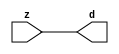

//------> ./rtl_mgc_ioport.v 
//------------------------------------------------------------------
//                M G C _ I O P O R T _ C O M P S
//------------------------------------------------------------------

//------------------------------------------------------------------
//                       M O D U L E S
//------------------------------------------------------------------

//------------------------------------------------------------------
//-- INPUT ENTITIES
//------------------------------------------------------------------

module mgc_in_wire (d, z);

  parameter integer rscid = 1;
  parameter integer width = 8;

  output [width-1:0] d;
  input  [width-1:0] z;

  wire   [width-1:0] d;

  assign d = z;

endmodule

//------------------------------------------------------------------

module mgc_in_wire_en (ld, d, lz, z);

  parameter integer rscid = 1;
  parameter integer width = 8;

  input              ld;
  output [width-1:0] d;
  output             lz;
  input  [width-1:0] z;

  wire   [width-1:0] d;
  wire               lz;

  assign d = z;
  assign lz = ld;

endmodule

//------------------------------------------------------------------

module mgc_in_wire_wait (ld, vd, d, lz, vz, z);

  parameter integer rscid = 1;
  parameter integer width = 8;

  input              ld;
  output             vd;
  output [width-1:0] d;
  output             lz;
  input              vz;
  input  [width-1:0] z;

  wire               vd;
  wire   [width-1:0] d;
  wire               lz;

  assign d = z;
  assign lz = ld;
  assign vd = vz;

endmodule
//------------------------------------------------------------------

module mgc_chan_in (ld, vd, d, lz, vz, z, size, req_size, sizez, sizelz);

  parameter integer rscid = 1;
  parameter integer width = 8;
  parameter integer sz_width = 8;

  input              ld;
  output             vd;
  output [width-1:0] d;
  output             lz;
  input              vz;
  input  [width-1:0] z;
  output [sz_width-1:0] size;
  input              req_size;
  input  [sz_width-1:0] sizez;
  output             sizelz;


  wire               vd;
  wire   [width-1:0] d;
  wire               lz;
  wire   [sz_width-1:0] size;
  wire               sizelz;

  assign d = z;
  assign lz = ld;
  assign vd = vz;
  assign size = sizez;
  assign sizelz = req_size;

endmodule


//------------------------------------------------------------------
//-- OUTPUT ENTITIES
//------------------------------------------------------------------

module mgc_out_stdreg (d, z);

  parameter integer rscid = 1;
  parameter integer width = 8;

  input    [width-1:0] d;
  output   [width-1:0] z;

  wire     [width-1:0] z;

  assign z = d;

endmodule

//------------------------------------------------------------------

module mgc_out_stdreg_en (ld, d, lz, z);

  parameter integer rscid = 1;
  parameter integer width = 8;

  input              ld;
  input  [width-1:0] d;
  output             lz;
  output [width-1:0] z;

  wire               lz;
  wire   [width-1:0] z;

  assign z = d;
  assign lz = ld;

endmodule

//------------------------------------------------------------------

module mgc_out_stdreg_wait (ld, vd, d, lz, vz, z);

  parameter integer rscid = 1;
  parameter integer width = 8;

  input              ld;
  output             vd;
  input  [width-1:0] d;
  output             lz;
  input              vz;
  output [width-1:0] z;

  wire               vd;
  wire               lz;
  wire   [width-1:0] z;

  assign z = d;
  assign lz = ld;
  assign vd = vz;

endmodule

//------------------------------------------------------------------

module mgc_out_prereg_en (ld, d, lz, z);

    parameter integer rscid = 1;
    parameter integer width = 8;

    input              ld;
    input  [width-1:0] d;
    output             lz;
    output [width-1:0] z;

    wire               lz;
    wire   [width-1:0] z;

    assign z = d;
    assign lz = ld;

endmodule

//------------------------------------------------------------------
//-- INOUT ENTITIES
//------------------------------------------------------------------

module mgc_inout_stdreg_en (ldin, din, ldout, dout, lzin, lzout, z);

    parameter integer rscid = 1;
    parameter integer width = 8;

    input              ldin;
    output [width-1:0] din;
    input              ldout;
    input  [width-1:0] dout;
    output             lzin;
    output             lzout;
    inout  [width-1:0] z;

    wire   [width-1:0] din;
    wire               lzin;
    wire               lzout;
    wire   [width-1:0] z;

    assign lzin = ldin;
    assign din = ldin ? z : {width{1'bz}};
    assign lzout = ldout;
    assign z = ldout ? dout : {width{1'bz}};

endmodule

//------------------------------------------------------------------
module hid_tribuf( I_SIG, ENABLE, O_SIG);
  parameter integer width = 8;

  input [width-1:0] I_SIG;
  input ENABLE;
  inout [width-1:0] O_SIG;

  assign O_SIG = (ENABLE) ? I_SIG : { width{1'bz}};

endmodule
//------------------------------------------------------------------

module mgc_inout_stdreg_wait (ldin, vdin, din, ldout, vdout, dout, lzin, vzin, lzout, vzout, z);

    parameter integer rscid = 1;
    parameter integer width = 8;

    input              ldin;
    output             vdin;
    output [width-1:0] din;
    input              ldout;
    output             vdout;
    input  [width-1:0] dout;
    output             lzin;
    input              vzin;
    output             lzout;
    input              vzout;
    inout  [width-1:0] z;

    wire               vdin;
    wire   [width-1:0] din;
    wire               vdout;
    wire               lzin;
    wire               lzout;
    wire   [width-1:0] z;
    wire   ldout_and_vzout;

    assign lzin = ldin;
    assign vdin = vzin;
    assign din = ldin ? z : {width{1'bz}};
    assign lzout = ldout;
    assign vdout = vzout ;
    assign ldout_and_vzout = ldout && vzout ;

    hid_tribuf #(width) tb( .I_SIG(dout),
                            .ENABLE(ldout_and_vzout),
                            .O_SIG(z) );

endmodule

//------------------------------------------------------------------

module mgc_inout_buf_wait (clk, en, arst, srst, ldin, vdin, din, ldout, vdout, dout, lzin, vzin, lzout, vzout, z);

    parameter integer rscid   = 0; // resource ID
    parameter integer width   = 8; // fifo width
    parameter         ph_clk  =  1'b1; // clock polarity 1=rising edge, 0=falling edge
    parameter         ph_en   =  1'b1; // clock enable polarity
    parameter         ph_arst =  1'b1; // async reset polarity
    parameter         ph_srst =  1'b1; // sync reset polarity

    input              clk;
    input              en;
    input              arst;
    input              srst;
    input              ldin;
    output             vdin;
    output [width-1:0] din;
    input              ldout;
    output             vdout;
    input  [width-1:0] dout;
    output             lzin;
    input              vzin;
    output             lzout;
    input              vzout;
    inout  [width-1:0] z;

    wire               lzout_buf;
    wire               vzout_buf;
    wire   [width-1:0] z_buf;
    wire               vdin;
    wire   [width-1:0] din;
    wire               vdout;
    wire               lzin;
    wire               lzout;
    wire   [width-1:0] z;

    assign lzin = ldin;
    assign vdin = vzin;
    assign din = ldin ? z : {width{1'bz}};
    assign lzout = lzout_buf & ~ldin;
    assign vzout_buf = vzout & ~ldin;
    hid_tribuf #(width) tb( .I_SIG(z_buf),
                            .ENABLE((lzout_buf && (!ldin) && vzout) ),
                            .O_SIG(z)  );

    mgc_out_buf_wait
    #(
        .rscid   (rscid),
        .width   (width),
        .ph_clk  (ph_clk),
        .ph_en   (ph_en),
        .ph_arst (ph_arst),
        .ph_srst (ph_srst)
    )
    BUFF
    (
        .clk     (clk),
        .en      (en),
        .arst    (arst),
        .srst    (srst),
        .ld      (ldout),
        .vd      (vdout),
        .d       (dout),
        .lz      (lzout_buf),
        .vz      (vzout_buf),
        .z       (z_buf)
    );


endmodule

module mgc_inout_fifo_wait (clk, en, arst, srst, ldin, vdin, din, ldout, vdout, dout, lzin, vzin, lzout, vzout, z);

    parameter integer rscid   = 0; // resource ID
    parameter integer width   = 8; // fifo width
    parameter integer fifo_sz = 8; // fifo depth
    parameter         ph_clk  = 1'b1;  // clock polarity 1=rising edge, 0=falling edge
    parameter         ph_en   = 1'b1;  // clock enable polarity
    parameter         ph_arst = 1'b1;  // async reset polarity
    parameter         ph_srst = 1'b1;  // sync reset polarity
    parameter integer ph_log2 = 3;     // log2(fifo_sz)
    parameter integer pwropt  = 0;     // pwropt

    input              clk;
    input              en;
    input              arst;
    input              srst;
    input              ldin;
    output             vdin;
    output [width-1:0] din;
    input              ldout;
    output             vdout;
    input  [width-1:0] dout;
    output             lzin;
    input              vzin;
    output             lzout;
    input              vzout;
    inout  [width-1:0] z;

    wire               lzout_buf;
    wire               vzout_buf;
    wire   [width-1:0] z_buf;
    wire               comb;
    wire               vdin;
    wire   [width-1:0] din;
    wire               vdout;
    wire               lzin;
    wire               lzout;
    wire   [width-1:0] z;

    assign lzin = ldin;
    assign vdin = vzin;
    assign din = ldin ? z : {width{1'bz}};
    assign lzout = lzout_buf & ~ldin;
    assign vzout_buf = vzout & ~ldin;
    assign comb = (lzout_buf && (!ldin) && vzout);

    hid_tribuf #(width) tb2( .I_SIG(z_buf), .ENABLE(comb), .O_SIG(z)  );

    mgc_out_fifo_wait
    #(
        .rscid   (rscid),
        .width   (width),
        .fifo_sz (fifo_sz),
        .ph_clk  (ph_clk),
        .ph_en   (ph_en),
        .ph_arst (ph_arst),
        .ph_srst (ph_srst),
        .ph_log2 (ph_log2),
        .pwropt  (pwropt)
    )
    FIFO
    (
        .clk   (clk),
        .en      (en),
        .arst    (arst),
        .srst    (srst),
        .ld      (ldout),
        .vd      (vdout),
        .d       (dout),
        .lz      (lzout_buf),
        .vz      (vzout_buf),
        .z       (z_buf)
    );

endmodule

//------------------------------------------------------------------
//-- I/O SYNCHRONIZATION ENTITIES
//------------------------------------------------------------------

module mgc_io_sync (ld, lz);

    input  ld;
    output lz;

    assign lz = ld;

endmodule

module mgc_bsync_rdy (rd, rz);

    parameter integer rscid   = 0; // resource ID
    parameter ready = 1;
    parameter valid = 0;

    input  rd;
    output rz;

    wire   rz;

    assign rz = rd;

endmodule

module mgc_bsync_vld (vd, vz);

    parameter integer rscid   = 0; // resource ID
    parameter ready = 0;
    parameter valid = 1;

    output vd;
    input  vz;

    wire   vd;

    assign vd = vz;

endmodule

module mgc_bsync_rv (rd, vd, rz, vz);

    parameter integer rscid   = 0; // resource ID
    parameter ready = 1;
    parameter valid = 1;

    input  rd;
    output vd;
    output rz;
    input  vz;

    wire   vd;
    wire   rz;

    assign rz = rd;
    assign vd = vz;

endmodule

//------------------------------------------------------------------

module mgc_sync (ldin, vdin, ldout, vdout);

  input  ldin;
  output vdin;
  input  ldout;
  output vdout;

  wire   vdin;
  wire   vdout;

  assign vdin = ldout;
  assign vdout = ldin;

endmodule

///////////////////////////////////////////////////////////////////////////////
// dummy function used to preserve funccalls for modulario
// it looks like a memory read to the caller
///////////////////////////////////////////////////////////////////////////////
module funccall_inout (d, ad, bd, z, az, bz);

  parameter integer ram_id = 1;
  parameter integer width = 8;
  parameter integer addr_width = 8;

  output [width-1:0]       d;
  input  [addr_width-1:0]  ad;
  input                    bd;
  input  [width-1:0]       z;
  output [addr_width-1:0]  az;
  output                   bz;

  wire   [width-1:0]       d;
  wire   [addr_width-1:0]  az;
  wire                     bz;

  assign d  = z;
  assign az = ad;
  assign bz = bd;

endmodule


///////////////////////////////////////////////////////////////////////////////
// inlinable modular io not otherwise found in mgc_ioport
///////////////////////////////////////////////////////////////////////////////

module modulario_en_in (vd, d, vz, z);

  parameter integer rscid = 1;
  parameter integer width = 8;

  output             vd;
  output [width-1:0] d;
  input              vz;
  input  [width-1:0] z;

  wire   [width-1:0] d;
  wire               vd;

  assign d = z;
  assign vd = vz;

endmodule

//------> ./rtl_mgc_ioport_v2001.v 
//------------------------------------------------------------------

module mgc_out_reg_pos (clk, en, arst, srst, ld, d, lz, z);

    parameter integer rscid   = 1;
    parameter integer width   = 8;
    parameter         ph_en   =  1'b1;
    parameter         ph_arst =  1'b1;
    parameter         ph_srst =  1'b1;

    input              clk;
    input              en;
    input              arst;
    input              srst;
    input              ld;
    input  [width-1:0] d;
    output             lz;
    output [width-1:0] z;

    reg                lz;
    reg    [width-1:0] z;

    generate
    if (ph_arst == 1'b0)
    begin: NEG_ARST
        always @(posedge clk or negedge arst)
        if (arst == 1'b0)
        begin: B1
            lz <= 1'b0;
            z  <= {width{1'b0}};
        end
        else if (srst == ph_srst)
        begin: B2
            lz <= 1'b0;
            z  <= {width{1'b0}};
        end
        else if (en == ph_en)
        begin: B3
            lz <= ld;
            z  <= (ld) ? d : z;
        end
    end
    else
    begin: POS_ARST
        always @(posedge clk or posedge arst)
        if (arst == 1'b1)
        begin: B1
            lz <= 1'b0;
            z  <= {width{1'b0}};
        end
        else if (srst == ph_srst)
        begin: B2
            lz <= 1'b0;
            z  <= {width{1'b0}};
        end
        else if (en == ph_en)
        begin: B3
            lz <= ld;
            z  <= (ld) ? d : z;
        end
    end
    endgenerate

endmodule

//------------------------------------------------------------------

module mgc_out_reg_neg (clk, en, arst, srst, ld, d, lz, z);

    parameter integer rscid   = 1;
    parameter integer width   = 8;
    parameter         ph_en   =  1'b1;
    parameter         ph_arst =  1'b1;
    parameter         ph_srst =  1'b1;

    input              clk;
    input              en;
    input              arst;
    input              srst;
    input              ld;
    input  [width-1:0] d;
    output             lz;
    output [width-1:0] z;

    reg                lz;
    reg    [width-1:0] z;

    generate
    if (ph_arst == 1'b0)
    begin: NEG_ARST
        always @(negedge clk or negedge arst)
        if (arst == 1'b0)
        begin: B1
            lz <= 1'b0;
            z  <= {width{1'b0}};
        end
        else if (srst == ph_srst)
        begin: B2
            lz <= 1'b0;
            z  <= {width{1'b0}};
        end
        else if (en == ph_en)
        begin: B3
            lz <= ld;
            z  <= (ld) ? d : z;
        end
    end
    else
    begin: POS_ARST
        always @(negedge clk or posedge arst)
        if (arst == 1'b1)
        begin: B1
            lz <= 1'b0;
            z  <= {width{1'b0}};
        end
        else if (srst == ph_srst)
        begin: B2
            lz <= 1'b0;
            z  <= {width{1'b0}};
        end
        else if (en == ph_en)
        begin: B3
            lz <= ld;
            z  <= (ld) ? d : z;
        end
    end
    endgenerate

endmodule

//------------------------------------------------------------------

module mgc_out_reg (clk, en, arst, srst, ld, d, lz, z); // Not Supported

    parameter integer rscid   = 1;
    parameter integer width   = 8;
    parameter         ph_clk  =  1'b1;
    parameter         ph_en   =  1'b1;
    parameter         ph_arst =  1'b1;
    parameter         ph_srst =  1'b1;

    input              clk;
    input              en;
    input              arst;
    input              srst;
    input              ld;
    input  [width-1:0] d;
    output             lz;
    output [width-1:0] z;


    generate
    if (ph_clk == 1'b0)
    begin: NEG_EDGE

        mgc_out_reg_neg
        #(
            .rscid   (rscid),
            .width   (width),
            .ph_en   (ph_en),
            .ph_arst (ph_arst),
            .ph_srst (ph_srst)
        )
        mgc_out_reg_neg_inst
        (
            .clk     (clk),
            .en      (en),
            .arst    (arst),
            .srst    (srst),
            .ld      (ld),
            .d       (d),
            .lz      (lz),
            .z       (z)
        );

    end
    else
    begin: POS_EDGE

        mgc_out_reg_pos
        #(
            .rscid   (rscid),
            .width   (width),
            .ph_en   (ph_en),
            .ph_arst (ph_arst),
            .ph_srst (ph_srst)
        )
        mgc_out_reg_pos_inst
        (
            .clk     (clk),
            .en      (en),
            .arst    (arst),
            .srst    (srst),
            .ld      (ld),
            .d       (d),
            .lz      (lz),
            .z       (z)
        );

    end
    endgenerate

endmodule




//------------------------------------------------------------------

module mgc_out_buf_wait (clk, en, arst, srst, ld, vd, d, vz, lz, z); // Not supported

    parameter integer rscid   = 1;
    parameter integer width   = 8;
    parameter         ph_clk  =  1'b1;
    parameter         ph_en   =  1'b1;
    parameter         ph_arst =  1'b1;
    parameter         ph_srst =  1'b1;

    input              clk;
    input              en;
    input              arst;
    input              srst;
    input              ld;
    output             vd;
    input  [width-1:0] d;
    output             lz;
    input              vz;
    output [width-1:0] z;

    wire               filled;
    wire               filled_next;
    wire   [width-1:0] abuf;
    wire               lbuf;


    assign filled_next = (filled & (~vz)) | (filled & ld) | (ld & (~vz));

    assign lbuf = ld & ~(filled ^ vz);

    assign vd = vz | ~filled;

    assign lz = ld | filled;

    assign z = (filled) ? abuf : d;

    wire dummy;
    wire dummy_bufreg_lz;

    // Output registers:
    mgc_out_reg
    #(
        .rscid   (rscid),
        .width   (1'b1),
        .ph_clk  (ph_clk),
        .ph_en   (ph_en),
        .ph_arst (ph_arst),
        .ph_srst (ph_srst)
    )
    STATREG
    (
        .clk     (clk),
        .en      (en),
        .arst    (arst),
        .srst    (srst),
        .ld      (filled_next),
        .d       (1'b0),       // input d is unused
        .lz      (filled),
        .z       (dummy)            // output z is unused
    );

    mgc_out_reg
    #(
        .rscid   (rscid),
        .width   (width),
        .ph_clk  (ph_clk),
        .ph_en   (ph_en),
        .ph_arst (ph_arst),
        .ph_srst (ph_srst)
    )
    BUFREG
    (
        .clk     (clk),
        .en      (en),
        .arst    (arst),
        .srst    (srst),
        .ld      (lbuf),
        .d       (d),
        .lz      (dummy_bufreg_lz),
        .z       (abuf)
    );

endmodule

//------------------------------------------------------------------

module mgc_out_fifo_wait (clk, en, arst, srst, ld, vd, d, lz, vz,  z);

    parameter integer rscid   = 0; // resource ID
    parameter integer width   = 8; // fifo width
    parameter integer fifo_sz = 8; // fifo depth
    parameter         ph_clk  = 1'b1; // clock polarity 1=rising edge, 0=falling edge
    parameter         ph_en   = 1'b1; // clock enable polarity
    parameter         ph_arst = 1'b1; // async reset polarity
    parameter         ph_srst = 1'b1; // sync reset polarity
    parameter integer ph_log2 = 3; // log2(fifo_sz)
    parameter integer pwropt  = 0; // pwropt


    input                 clk;
    input                 en;
    input                 arst;
    input                 srst;
    input                 ld;    // load data
    output                vd;    // fifo full active low
    input     [width-1:0] d;
    output                lz;    // fifo ready to send
    input                 vz;    // dest ready for data
    output    [width-1:0] z;

    wire    [31:0]      size;


      // Output registers:
 mgc_out_fifo_wait_core#(
        .rscid   (rscid),
        .width   (width),
        .sz_width (32),
        .fifo_sz (fifo_sz),
        .ph_clk  (ph_clk),
        .ph_en   (ph_en),
        .ph_arst (ph_arst),
        .ph_srst (ph_srst),
        .ph_log2 (ph_log2),
        .pwropt  (pwropt)
        ) CORE (
        .clk (clk),
        .en (en),
        .arst (arst),
        .srst (srst),
        .ld (ld),
        .vd (vd),
        .d (d),
        .lz (lz),
        .vz (vz),
        .z (z),
        .size (size)
        );

endmodule



module mgc_out_fifo_wait_core (clk, en, arst, srst, ld, vd, d, lz, vz,  z, size);

    parameter integer rscid   = 0; // resource ID
    parameter integer width   = 8; // fifo width
    parameter integer sz_width = 8; // size of port for elements in fifo
    parameter integer fifo_sz = 8; // fifo depth
    parameter         ph_clk  =  1'b1; // clock polarity 1=rising edge, 0=falling edge
    parameter         ph_en   =  1'b1; // clock enable polarity
    parameter         ph_arst =  1'b1; // async reset polarity
    parameter         ph_srst =  1'b1; // sync reset polarity
    parameter integer ph_log2 = 3; // log2(fifo_sz)
    parameter integer pwropt  = 0; // pwropt

   localparam integer  fifo_b = width * fifo_sz;

    input                 clk;
    input                 en;
    input                 arst;
    input                 srst;
    input                 ld;    // load data
    output                vd;    // fifo full active low
    input     [width-1:0] d;
    output                lz;    // fifo ready to send
    input                 vz;    // dest ready for data
    output    [width-1:0] z;
    output    [sz_width-1:0]      size;

    reg      [( (fifo_sz > 0) ? fifo_sz : 1)-1:0] stat_pre;
    wire     [( (fifo_sz > 0) ? fifo_sz : 1)-1:0] stat;
    reg      [( (fifo_b > 0) ? fifo_b : 1)-1:0] buff_pre;
    wire     [( (fifo_b > 0) ? fifo_b : 1)-1:0] buff;
    reg      [( (fifo_sz > 0) ? fifo_sz : 1)-1:0] en_l;
    reg      [(((fifo_sz > 0) ? fifo_sz : 1)-1)/8:0] en_l_s;

    reg       [width-1:0] buff_nxt;

    reg                   stat_nxt;
    reg                   stat_before;
    reg                   stat_after;
    reg                   en_l_var;

    integer               i;
    genvar                eni;

    wire [32:0]           size_t;
    reg [31:0]            count;
    reg [31:0]            count_t;
    reg [32:0]            n_elem;
// pragma translate_off
    reg [31:0]            peak;
// pragma translate_on

    wire [( (fifo_sz > 0) ? fifo_sz : 1)-1:0] dummy_statreg_lz;
    wire [( (fifo_b > 0) ? fifo_b : 1)-1:0] dummy_bufreg_lz;

    generate
    if ( fifo_sz > 0 )
    begin: FIFO_REG
      assign vd = vz | ~stat[0];
      assign lz = ld | stat[fifo_sz-1];
      assign size_t = (count - (vz && stat[fifo_sz-1])) + ld;
      assign size = size_t[sz_width-1:0];
      assign z = (stat[fifo_sz-1]) ? buff[fifo_b-1:width*(fifo_sz-1)] : d;

      always @(*)
      begin: FIFOPROC
        n_elem = 33'b0;
        for (i = fifo_sz-1; i >= 0; i = i - 1)
        begin
          if (i != 0)
            stat_before = stat[i-1];
          else
            stat_before = 1'b0;

          if (i != (fifo_sz-1))
            stat_after = stat[i+1];
          else
            stat_after = 1'b1;

          stat_nxt = stat_after &
                    (stat_before | (stat[i] & (~vz)) | (stat[i] & ld) | (ld & (~vz)));

          stat_pre[i] = stat_nxt;
          en_l_var = 1'b1;
          if (!stat_nxt)
            begin
              buff_nxt = {width{1'b0}};
              en_l_var = 1'b0;
            end
          else if (vz && stat_before)
            buff_nxt[0+:width] = buff[width*(i-1)+:width];
          else if (ld && !((vz && stat_before) || ((!vz) && stat[i])))
            buff_nxt = d;
          else
            begin
              if (pwropt == 0)
                buff_nxt[0+:width] = buff[width*i+:width];
              else
                buff_nxt = {width{1'b0}};
              en_l_var = 1'b0;
            end

          if (ph_en != 0)
            en_l[i] = en & en_l_var;
          else
            en_l[i] = en | ~en_l_var;

          buff_pre[width*i+:width] = buff_nxt[0+:width];

          if ((stat_after == 1'b1) && (stat[i] == 1'b0))
            n_elem = ($unsigned(fifo_sz) - 1) - i;
        end

        if (ph_en != 0)
          en_l_s[(((fifo_sz > 0) ? fifo_sz : 1)-1)/8] = 1'b1;
        else
          en_l_s[(((fifo_sz > 0) ? fifo_sz : 1)-1)/8] = 1'b0;

        for (i = fifo_sz-1; i >= 7; i = i - 1)
        begin
          if ((i%'d2) == 0)
          begin
            if (ph_en != 0)
              en_l_s[(i/8)-1] = en & (stat[i]|stat_pre[i-1]);
            else
              en_l_s[(i/8)-1] = en | ~(stat[i]|stat_pre[i-1]);
          end
        end

        if ( stat[fifo_sz-1] == 1'b0 )
          count_t = 32'b0;
        else if ( stat[0] == 1'b1 )
          count_t = { {(32-ph_log2){1'b0}}, fifo_sz};
        else
          count_t = n_elem[31:0];
        count = count_t;
// pragma translate_off
        if ( peak < count )
          peak = count;
// pragma translate_on
      end

      if (pwropt == 0)
      begin: NOCGFIFO
        // Output registers:
        mgc_out_reg
        #(
            .rscid   (rscid),
            .width   (fifo_sz),
            .ph_clk  (ph_clk),
            .ph_en   (ph_en),
            .ph_arst (ph_arst),
            .ph_srst (ph_srst)
        )
        STATREG
        (
            .clk     (clk),
            .en      (en),
            .arst    (arst),
            .srst    (srst),
            .ld      (1'b1),
            .d       (stat_pre),
            .lz      (dummy_statreg_lz[0]),
            .z       (stat)
        );
        mgc_out_reg
        #(
            .rscid   (rscid),
            .width   (fifo_b),
            .ph_clk  (ph_clk),
            .ph_en   (ph_en),
            .ph_arst (ph_arst),
            .ph_srst (ph_srst)
        )
        BUFREG
        (
            .clk     (clk),
            .en      (en),
            .arst    (arst),
            .srst    (srst),
            .ld      (1'b1),
            .d       (buff_pre),
            .lz      (dummy_bufreg_lz[0]),
            .z       (buff)
        );
      end
      else
      begin: CGFIFO
        // Output registers:
        if ( pwropt > 1)
        begin: CGSTATFIFO2
          for (eni = fifo_sz-1; eni >= 0; eni = eni - 1)
          begin: pwroptGEN1
            mgc_out_reg
            #(
              .rscid   (rscid),
              .width   (1),
              .ph_clk  (ph_clk),
              .ph_en   (ph_en),
              .ph_arst (ph_arst),
              .ph_srst (ph_srst)
            )
            STATREG
            (
              .clk     (clk),
              .en      (en_l_s[eni/8]),
              .arst    (arst),
              .srst    (srst),
              .ld      (1'b1),
              .d       (stat_pre[eni]),
              .lz      (dummy_statreg_lz[eni]),
              .z       (stat[eni])
            );
          end
        end
        else
        begin: CGSTATFIFO
          mgc_out_reg
          #(
            .rscid   (rscid),
            .width   (fifo_sz),
            .ph_clk  (ph_clk),
            .ph_en   (ph_en),
            .ph_arst (ph_arst),
            .ph_srst (ph_srst)
          )
          STATREG
          (
            .clk     (clk),
            .en      (en),
            .arst    (arst),
            .srst    (srst),
            .ld      (1'b1),
            .d       (stat_pre),
            .lz      (dummy_statreg_lz[0]),
            .z       (stat)
          );
        end
        for (eni = fifo_sz-1; eni >= 0; eni = eni - 1)
        begin: pwroptGEN2
          mgc_out_reg
          #(
            .rscid   (rscid),
            .width   (width),
            .ph_clk  (ph_clk),
            .ph_en   (ph_en),
            .ph_arst (ph_arst),
            .ph_srst (ph_srst)
          )
          BUFREG
          (
            .clk     (clk),
            .en      (en_l[eni]),
            .arst    (arst),
            .srst    (srst),
            .ld      (1'b1),
            .d       (buff_pre[width*eni+:width]),
            .lz      (dummy_bufreg_lz[eni]),
            .z       (buff[width*eni+:width])
          );
        end
      end
    end
    else
    begin: FEED_THRU
      assign vd = vz;
      assign lz = ld;
      assign z = d;
      assign size = ld && !vz;
    end
    endgenerate

endmodule

//------------------------------------------------------------------
//-- PIPE ENTITIES
//------------------------------------------------------------------
/*
 *
 *             _______________________________________________
 * WRITER    |                                               |          READER
 *           |           MGC_PIPE                            |
 *           |           __________________________          |
 *        --<| vdout  --<| vd ---------------  vz<|-----ldin<|---
 *           |           |      FIFO              |          |
 *        ---|>ldout  ---|>ld ---------------- lz |> ---vdin |>--
 *        ---|>dout -----|>d  ---------------- dz |> ----din |>--
 *           |           |________________________|          |
 *           |_______________________________________________|
 */
// two clock pipe
module mgc_pipe (clk, en, arst, srst, ldin, vdin, din, ldout, vdout, dout, size, req_size);

    parameter integer rscid   = 0; // resource ID
    parameter integer width   = 8; // fifo width
    parameter integer sz_width = 8; // width of size of elements in fifo
    parameter integer fifo_sz = 8; // fifo depth
    parameter integer log2_sz = 3; // log2(fifo_sz)
    parameter         ph_clk  = 1'b1;  // clock polarity 1=rising edge, 0=falling edge
    parameter         ph_en   = 1'b1;  // clock enable polarity
    parameter         ph_arst = 1'b1;  // async reset polarity
    parameter         ph_srst = 1'b1;  // sync reset polarity
    parameter integer pwropt  = 0; // pwropt

    input              clk;
    input              en;
    input              arst;
    input              srst;
    input              ldin;
    output             vdin;
    output [width-1:0] din;
    input              ldout;
    output             vdout;
    input  [width-1:0] dout;
    output [sz_width-1:0]      size;
    input              req_size;


    mgc_out_fifo_wait_core
    #(
        .rscid    (rscid),
        .width    (width),
        .sz_width (sz_width),
        .fifo_sz  (fifo_sz),
        .ph_clk   (ph_clk),
        .ph_en    (ph_en),
        .ph_arst  (ph_arst),
        .ph_srst  (ph_srst),
        .ph_log2  (log2_sz),
        .pwropt   (pwropt)
    )
    FIFO
    (
        .clk     (clk),
        .en      (en),
        .arst    (arst),
        .srst    (srst),
        .ld      (ldout),
        .vd      (vdout),
        .d       (dout),
        .lz      (vdin),
        .vz      (ldin),
        .z       (din),
        .size    (size)
    );

endmodule


//------> ./rtl.v 
// ----------------------------------------------------------------------
//  HLS HDL:        Verilog Netlister
//  HLS Version:    2011a.126 Production Release
//  HLS Date:       Wed Aug  8 00:52:07 PDT 2012
// 
//  Generated by:   rbw14@EEWS104A-013
//  Generated date: Wed May 06 11:22:01 2015
// ----------------------------------------------------------------------

// 
// ------------------------------------------------------------------
//  Design Unit:    sharpen1_core
// ------------------------------------------------------------------


module sharpen1_core (
  clk, en, arst_n, vin_rsc_mgc_in_wire_d, vout_rsc_mgc_out_stdreg_d
);
  input clk;
  input en;
  input arst_n;
  input [89:0] vin_rsc_mgc_in_wire_d;
  output [29:0] vout_rsc_mgc_out_stdreg_d;
  reg [29:0] vout_rsc_mgc_out_stdreg_d;


  // Interconnect Declarations
  wire [15:0] ACC2_acc_3_tmp;
  wire [16:0] nl_ACC2_acc_3_tmp;
  wire [1:0] SHIFT_mux_13_tmp;
  wire or_dcpl_1;
  wire and_dcpl;
  reg [15:0] red_lpi_1;
  reg [15:0] green_lpi_1;
  reg [15:0] blue_lpi_1;
  reg [15:0] b_1_lpi_1;
  reg [15:0] b_0_lpi_1;
  reg [15:0] b_2_lpi_1;
  reg [15:0] g_1_lpi_1;
  reg [15:0] g_0_lpi_1;
  reg [15:0] g_2_lpi_1;
  reg [15:0] r_1_lpi_1;
  reg [15:0] r_0_lpi_1;
  reg [15:0] r_2_lpi_1;
  reg exit_ACC1_lpi_1;
  reg exit_SHIFT_lpi_1;
  reg [1:0] i_3_lpi_1;
  reg [1:0] i_4_lpi_1;
  reg [89:0] regs_regs_1_sva;
  reg [89:0] regs_regs_0_sva;
  reg exit_ACC2_sva;
  reg [89:0] regs_operator_din_lpi_1_dfm;
  reg [1:0] SHIFT_i_1_lpi_3;
  reg [29:0] regs_regs_2_sva_sg1;
  wire and_2_cse;
  wire [15:0] green_lpi_1_dfm_1;
  wire [15:0] g_2_lpi_1_dfm_1;
  wire [15:0] g_1_lpi_1_dfm_1;
  wire [15:0] g_0_lpi_1_dfm_1;
  wire [15:0] red_lpi_1_dfm_1;
  wire [15:0] r_2_lpi_1_dfm_1;
  wire [15:0] r_1_lpi_1_dfm_1;
  wire [15:0] r_0_lpi_1_dfm_1;
  wire SHIFT_and_20_cse_1;
  wire [15:0] red_sva_2;
  wire [16:0] nl_red_sva_2;
  wire [15:0] green_sva_2;
  wire [16:0] nl_green_sva_2;
  wire [1:0] i_4_sva;
  wire [2:0] nl_i_4_sva;
  wire exit_SHIFT_lpi_1_dfm;
  wire [1:0] SHIFT_acc_1_psp;
  wire [2:0] nl_SHIFT_acc_1_psp;
  wire or_14_cse;
  wire or_dcpl;
  wire and_dcpl_11;
  wire or_dcpl_40;
  wire and_dcpl_13;
  wire [1:0] i_3_sva;
  wire [2:0] nl_i_3_sva;
  wire exit_ACC1_lpi_1_dfm;
  wire [1:0] ACC2_acc_itm;
  wire [2:0] nl_ACC2_acc_itm;
  wire [1:0] ACC1_acc_itm;
  wire [2:0] nl_ACC1_acc_itm;
  wire [15:0] AbsAndMax_AbsAndMax_return_1_lpi_1_dfm_mx0;
  wire [15:0] AbsAndMax_AbsAndMax_return_2_lpi_1_dfm_1;
  wire AbsAndMax_1_and_seb;
  wire [15:0] blue_lpi_1_dfm;
  wire [15:0] b_2_lpi_1_dfm;
  wire [15:0] b_1_lpi_1_dfm;
  wire [15:0] b_0_lpi_1_dfm;
  wire ACC1_lor_lpi_1_dfm;
  wire ACC1_and_3_m1c;
  wire unequal_tmp_1;
  wire SHIFT_and_22_cse;
  wire SHIFT_nand_6_cse;
  wire ACC1_and_14_cse;
  wire [89:0] regs_operator_din_lpi_1_dfm_mx0;
  wire [6:0] AbsAndMax_1_if_acc_itm;
  wire [7:0] nl_AbsAndMax_1_if_acc_itm;
  wire [6:0] AbsAndMax_2_if_acc_itm;
  wire [7:0] nl_AbsAndMax_2_if_acc_itm;

  wire[15:0] ACC2_mux_nl;
  wire[15:0] ACC2_mux_4_nl;
  wire[15:0] ACC2_mux_3_nl;
  wire[1:0] mux_2_nl;

  // Interconnect Declarations for Component Instantiations 
  assign or_14_cse = or_dcpl_1 | exit_ACC1_lpi_1 | (i_4_lpi_1[1]) | (~ (i_4_lpi_1[0]));
  assign ACC2_mux_nl = MUX_v_16_4_2({r_0_lpi_1_dfm_1 , r_1_lpi_1_dfm_1 , r_2_lpi_1_dfm_1
      , 16'b0}, i_3_lpi_1);
  assign nl_red_sva_2 = red_lpi_1_dfm_1 + (ACC2_mux_nl);
  assign red_sva_2 = nl_red_sva_2[15:0];
  assign AbsAndMax_AbsAndMax_return_1_lpi_1_dfm_mx0 = MUX_v_16_2_2({({6'b0 , (ACC2_acc_3_tmp[9:0])})
      , (conv_u2u_15_16(~ (ACC2_acc_3_tmp[14:0])) + 16'b1)}, ACC2_acc_3_tmp[15]);
  assign ACC2_mux_4_nl = MUX_v_16_4_2({b_0_lpi_1_dfm , b_1_lpi_1_dfm , b_2_lpi_1_dfm
      , 16'b0}, i_3_lpi_1);
  assign nl_ACC2_acc_3_tmp = blue_lpi_1_dfm + (ACC2_mux_4_nl);
  assign ACC2_acc_3_tmp = nl_ACC2_acc_3_tmp[15:0];
  assign ACC2_mux_3_nl = MUX_v_16_4_2({g_0_lpi_1_dfm_1 , g_1_lpi_1_dfm_1 , g_2_lpi_1_dfm_1
      , 16'b0}, i_3_lpi_1);
  assign nl_green_sva_2 = green_lpi_1_dfm_1 + (ACC2_mux_3_nl);
  assign green_sva_2 = nl_green_sva_2[15:0];
  assign AbsAndMax_AbsAndMax_return_2_lpi_1_dfm_1 = MUX1HOT_v_16_3_2({({6'b0 , (green_sva_2[9:0])})
      , (conv_u2u_15_16(~ (green_sva_2[14:0])) + 16'b1) , 16'b1111111111}, {(~((green_sva_2[15])
      | (AbsAndMax_2_if_acc_itm[6]))) , ((green_sva_2[15]) & (~ (AbsAndMax_2_if_acc_itm[6])))
      , (AbsAndMax_2_if_acc_itm[6])});
  assign AbsAndMax_1_and_seb = (AbsAndMax_AbsAndMax_return_1_lpi_1_dfm_mx0[15]) &
      (~ (AbsAndMax_1_if_acc_itm[6]));
  assign nl_AbsAndMax_1_if_acc_itm = conv_s2u_6_7(~ (ACC2_acc_3_tmp[15:10])) + 7'b1;
  assign AbsAndMax_1_if_acc_itm = nl_AbsAndMax_1_if_acc_itm[6:0];
  assign nl_AbsAndMax_2_if_acc_itm = conv_s2u_6_7(~ (green_sva_2[15:10])) + 7'b1;
  assign AbsAndMax_2_if_acc_itm = nl_AbsAndMax_2_if_acc_itm[6:0];
  assign nl_ACC2_acc_itm = i_3_sva + 2'b1;
  assign ACC2_acc_itm = nl_ACC2_acc_itm[1:0];
  assign nl_i_3_sva = i_3_lpi_1 + 2'b1;
  assign i_3_sva = nl_i_3_sva[1:0];
  assign blue_lpi_1_dfm = blue_lpi_1 & (signext_16_1(~ exit_ACC2_sva));
  assign b_2_lpi_1_dfm = b_2_lpi_1 & (signext_16_1(~ exit_ACC2_sva));
  assign b_1_lpi_1_dfm = b_1_lpi_1 & (signext_16_1(~ exit_ACC2_sva));
  assign b_0_lpi_1_dfm = b_0_lpi_1 & (signext_16_1(~ exit_ACC2_sva));
  assign green_lpi_1_dfm_1 = green_lpi_1 & (signext_16_1(~ exit_ACC2_sva));
  assign g_2_lpi_1_dfm_1 = g_2_lpi_1 & (signext_16_1(~ exit_ACC2_sva));
  assign g_1_lpi_1_dfm_1 = g_1_lpi_1 & (signext_16_1(~ exit_ACC2_sva));
  assign g_0_lpi_1_dfm_1 = g_0_lpi_1 & (signext_16_1(~ exit_ACC2_sva));
  assign red_lpi_1_dfm_1 = red_lpi_1 & (signext_16_1(~ exit_ACC2_sva));
  assign r_2_lpi_1_dfm_1 = r_2_lpi_1 & (signext_16_1(~ exit_ACC2_sva));
  assign r_1_lpi_1_dfm_1 = r_1_lpi_1 & (signext_16_1(~ exit_ACC2_sva));
  assign r_0_lpi_1_dfm_1 = r_0_lpi_1 & (signext_16_1(~ exit_ACC2_sva));
  assign ACC1_lor_lpi_1_dfm = ~((~((i_4_lpi_1[1]) & (~ (i_4_lpi_1[0])))) & ((i_4_lpi_1[1])
      | (i_4_lpi_1[0])));
  assign exit_ACC1_lpi_1_dfm = exit_ACC1_lpi_1 & (~ exit_ACC2_sva);
  assign exit_SHIFT_lpi_1_dfm = exit_SHIFT_lpi_1 & (~ exit_ACC2_sva);
  assign ACC1_and_3_m1c = unequal_tmp_1 & (~ exit_ACC1_lpi_1_dfm);
  assign unequal_tmp_1 = ~((i_4_lpi_1[0]) & (~ (i_4_lpi_1[1])));
  assign SHIFT_and_20_cse_1 = (~ exit_ACC1_lpi_1_dfm) & exit_SHIFT_lpi_1_dfm;
  assign SHIFT_and_22_cse = (~(unequal_tmp_1 | exit_ACC1_lpi_1_dfm)) & exit_SHIFT_lpi_1_dfm;
  assign SHIFT_nand_6_cse = ~(exit_SHIFT_lpi_1_dfm & (~(exit_ACC1_lpi_1_dfm | ((~
      ACC1_lor_lpi_1_dfm) & ACC1_and_3_m1c))));
  assign ACC1_and_14_cse = ACC1_lor_lpi_1_dfm & ACC1_and_3_m1c & exit_SHIFT_lpi_1_dfm;
  assign nl_ACC1_acc_itm = i_4_sva + 2'b1;
  assign ACC1_acc_itm = nl_ACC1_acc_itm[1:0];
  assign nl_i_4_sva = i_4_lpi_1 + 2'b1;
  assign i_4_sva = nl_i_4_sva[1:0];
  assign mux_2_nl = MUX_v_2_2_2({SHIFT_i_1_lpi_3 , 2'b10}, exit_ACC2_sva);
  assign nl_SHIFT_acc_1_psp = (mux_2_nl) + 2'b11;
  assign SHIFT_acc_1_psp = nl_SHIFT_acc_1_psp[1:0];
  assign regs_operator_din_lpi_1_dfm_mx0 = MUX_v_90_2_2({regs_operator_din_lpi_1_dfm
      , vin_rsc_mgc_in_wire_d}, exit_ACC2_sva);
  assign SHIFT_mux_13_tmp = MUX_v_2_2_2({SHIFT_i_1_lpi_3 , 2'b10}, exit_ACC2_sva);
  assign or_dcpl_1 = exit_ACC2_sva | (~ exit_SHIFT_lpi_1);
  assign and_dcpl = (~ exit_ACC2_sva) & exit_SHIFT_lpi_1;
  assign and_2_cse = and_dcpl & exit_ACC1_lpi_1;
  assign or_dcpl = ~((~(SHIFT_and_20_cse_1 & (ACC1_acc_itm[1]))) & exit_SHIFT_lpi_1_dfm);
  assign and_dcpl_11 = SHIFT_and_20_cse_1 & (~ (ACC1_acc_itm[1]));
  assign or_dcpl_40 = (~((SHIFT_acc_1_psp[1]) | exit_SHIFT_lpi_1_dfm)) | (exit_ACC1_lpi_1_dfm
      & exit_SHIFT_lpi_1_dfm);
  assign and_dcpl_13 = (SHIFT_acc_1_psp[1]) & (~ exit_SHIFT_lpi_1_dfm);
  always @(posedge clk or negedge arst_n) begin
    if ( ~ arst_n ) begin
      vout_rsc_mgc_out_stdreg_d <= 30'b0;
      i_3_lpi_1 <= 2'b0;
      i_4_lpi_1 <= 2'b0;
      exit_SHIFT_lpi_1 <= 1'b0;
      exit_ACC2_sva <= 1'b1;
      exit_ACC1_lpi_1 <= 1'b0;
      SHIFT_i_1_lpi_3 <= 2'b0;
      b_2_lpi_1 <= 16'b0;
      b_1_lpi_1 <= 16'b0;
      b_0_lpi_1 <= 16'b0;
      g_2_lpi_1 <= 16'b0;
      g_1_lpi_1 <= 16'b0;
      g_0_lpi_1 <= 16'b0;
      r_2_lpi_1 <= 16'b0;
      r_1_lpi_1 <= 16'b0;
      r_0_lpi_1 <= 16'b0;
      blue_lpi_1 <= 16'b0;
      green_lpi_1 <= 16'b0;
      red_lpi_1 <= 16'b0;
      regs_regs_0_sva <= 90'b0;
      regs_regs_2_sva_sg1 <= 30'b0;
      regs_regs_1_sva <= 90'b0;
      regs_operator_din_lpi_1_dfm <= 90'b0;
    end
    else begin
      if ( en ) begin
        vout_rsc_mgc_out_stdreg_d <= MUX_v_30_2_2({({((MUX_v_10_2_2({(red_sva_2[9:0])
            , ((~ (red_sva_2[9:0])) + 10'b1)}, red_sva_2[15])) | (signext_10_1(readslicef_7_1_6((conv_s2u_6_7(~
            (red_sva_2[15:10])) + 7'b1)))) | (signext_10_6(AbsAndMax_AbsAndMax_return_2_lpi_1_dfm_1[15:10]))
            | ({{9{AbsAndMax_1_and_seb}}, AbsAndMax_1_and_seb})) , ((AbsAndMax_AbsAndMax_return_2_lpi_1_dfm_1[9:0])
            | ({({{4{AbsAndMax_1_and_seb}}, AbsAndMax_1_and_seb}) , ((AbsAndMax_AbsAndMax_return_1_lpi_1_dfm_mx0[14:10])
            & (signext_5_1(~ (AbsAndMax_1_if_acc_itm[6]))))})) , ((AbsAndMax_AbsAndMax_return_1_lpi_1_dfm_mx0[9:0])
            | (signext_10_1(AbsAndMax_1_if_acc_itm[6])))}) , vout_rsc_mgc_out_stdreg_d},
            or_dcpl_1 | (~ exit_ACC1_lpi_1) | (ACC2_acc_itm[1]));
        i_3_lpi_1 <= ~((~((MUX_v_2_2_2({i_3_sva , i_3_lpi_1}, or_dcpl)) | (signext_2_1(SHIFT_and_20_cse_1
            & (~(or_dcpl | and_dcpl_11)))))) | ({{1{and_dcpl_11}}, and_dcpl_11}));
        i_4_lpi_1 <= ~((~((MUX_v_2_2_2({i_4_sva , i_4_lpi_1}, or_dcpl_40)) | (signext_2_1(~(SHIFT_and_20_cse_1
            | or_dcpl_40 | and_dcpl_13))))) | ({{1{and_dcpl_13}}, and_dcpl_13}));
        exit_SHIFT_lpi_1 <= MUX_s_1_2_2({exit_SHIFT_lpi_1_dfm , (SHIFT_acc_1_psp[1])},
            or_dcpl_1);
        exit_ACC2_sva <= (~ (ACC2_acc_itm[1])) & exit_ACC1_lpi_1_dfm & exit_SHIFT_lpi_1_dfm;
        exit_ACC1_lpi_1 <= MUX_s_1_2_2({(MUX_s_1_2_2({(~ (ACC1_acc_itm[1])) , exit_ACC1_lpi_1_dfm},
            exit_ACC1_lpi_1_dfm)) , exit_ACC1_lpi_1_dfm}, or_dcpl_1);
        SHIFT_i_1_lpi_3 <= MUX_v_2_2_2({SHIFT_acc_1_psp , SHIFT_i_1_lpi_3}, and_dcpl);
        b_2_lpi_1 <= MUX_v_16_2_2({(readslicef_17_16_1((conv_s2s_12_17({1'b1 , (~
            (regs_regs_1_sva[69:60])) , 1'b1}) + ({b_2_lpi_1_dfm , 1'b1})))) , b_2_lpi_1_dfm},
            or_14_cse);
        b_1_lpi_1 <= MUX1HOT_v_16_3_2({b_1_lpi_1_dfm , (conv_u2s_13_16({(conv_u2u_10_11(regs_regs_1_sva[39:30])
            + conv_u2u_8_11(regs_regs_1_sva[39:32])) , (regs_regs_1_sva[31:30])})
            + b_1_lpi_1_dfm) , (readslicef_17_16_1((conv_s2s_12_17({1'b1 , (~ (MUX_v_10_2_2({(regs_regs_0_sva[39:30])
            , (regs_regs_2_sva_sg1[9:0])}, i_4_lpi_1[1]))) , 1'b1}) + ({b_1_lpi_1_dfm
            , 1'b1}))))}, {SHIFT_nand_6_cse , SHIFT_and_22_cse , ACC1_and_14_cse});
        b_0_lpi_1 <= MUX_v_16_2_2({(readslicef_17_16_1((conv_s2s_12_17({1'b1 , (~
            (regs_regs_1_sva[9:0])) , 1'b1}) + ({b_0_lpi_1_dfm , 1'b1})))) , b_0_lpi_1_dfm},
            or_14_cse);
        g_2_lpi_1 <= MUX_v_16_2_2({(readslicef_17_16_1((conv_s2s_12_17({1'b1 , (~
            (regs_regs_1_sva[79:70])) , 1'b1}) + ({g_2_lpi_1_dfm_1 , 1'b1})))) ,
            g_2_lpi_1_dfm_1}, or_14_cse);
        g_1_lpi_1 <= MUX1HOT_v_16_3_2({g_1_lpi_1_dfm_1 , (conv_u2s_13_16({(conv_u2u_10_11(regs_regs_1_sva[49:40])
            + conv_u2u_8_11(regs_regs_1_sva[49:42])) , (regs_regs_1_sva[41:40])})
            + g_1_lpi_1_dfm_1) , (readslicef_17_16_1((conv_s2s_12_17({1'b1 , (~ (MUX_v_10_2_2({(regs_regs_0_sva[49:40])
            , (regs_regs_2_sva_sg1[19:10])}, i_4_lpi_1[1]))) , 1'b1}) + ({g_1_lpi_1_dfm_1
            , 1'b1}))))}, {SHIFT_nand_6_cse , SHIFT_and_22_cse , ACC1_and_14_cse});
        g_0_lpi_1 <= MUX_v_16_2_2({(readslicef_17_16_1((conv_s2s_12_17({1'b1 , (~
            (regs_regs_1_sva[19:10])) , 1'b1}) + ({g_0_lpi_1_dfm_1 , 1'b1})))) ,
            g_0_lpi_1_dfm_1}, or_14_cse);
        r_2_lpi_1 <= MUX_v_16_2_2({(readslicef_17_16_1((conv_s2s_12_17({1'b1 , (~
            (regs_regs_1_sva[89:80])) , 1'b1}) + ({r_2_lpi_1_dfm_1 , 1'b1})))) ,
            r_2_lpi_1_dfm_1}, or_14_cse);
        r_1_lpi_1 <= MUX1HOT_v_16_3_2({r_1_lpi_1_dfm_1 , (conv_u2s_13_16({(conv_u2u_10_11(regs_regs_1_sva[59:50])
            + conv_u2u_8_11(regs_regs_1_sva[59:52])) , (regs_regs_1_sva[51:50])})
            + r_1_lpi_1_dfm_1) , (readslicef_17_16_1((conv_s2s_12_17({1'b1 , (~ (MUX_v_10_2_2({(regs_regs_0_sva[59:50])
            , (regs_regs_2_sva_sg1[29:20])}, i_4_lpi_1[1]))) , 1'b1}) + ({r_1_lpi_1_dfm_1
            , 1'b1}))))}, {SHIFT_nand_6_cse , SHIFT_and_22_cse , ACC1_and_14_cse});
        r_0_lpi_1 <= MUX_v_16_2_2({(readslicef_17_16_1((conv_s2s_12_17({1'b1 , (~
            (regs_regs_1_sva[29:20])) , 1'b1}) + ({r_0_lpi_1_dfm_1 , 1'b1})))) ,
            r_0_lpi_1_dfm_1}, or_14_cse);
        blue_lpi_1 <= MUX_v_16_2_2({blue_lpi_1_dfm , ACC2_acc_3_tmp}, and_2_cse);
        green_lpi_1 <= MUX_v_16_2_2({green_lpi_1_dfm_1 , green_sva_2}, and_2_cse);
        red_lpi_1 <= MUX_v_16_2_2({red_lpi_1_dfm_1 , red_sva_2}, and_2_cse);
        regs_regs_0_sva <= MUX_v_90_2_2({regs_operator_din_lpi_1_dfm_mx0 , regs_regs_0_sva},
            and_dcpl | (SHIFT_mux_13_tmp[0]) | (SHIFT_mux_13_tmp[1]));
        regs_regs_2_sva_sg1 <= MUX_v_30_2_2({(regs_regs_1_sva[59:30]) , regs_regs_2_sva_sg1},
            and_dcpl | (SHIFT_mux_13_tmp[0]) | (~ (SHIFT_mux_13_tmp[1])));
        regs_regs_1_sva <= MUX_v_90_2_2({regs_regs_0_sva , regs_regs_1_sva}, and_dcpl
            | (~ (SHIFT_mux_13_tmp[0])));
        regs_operator_din_lpi_1_dfm <= regs_operator_din_lpi_1_dfm_mx0;
      end
    end
  end

  function [15:0] MUX_v_16_4_2;
    input [63:0] inputs;
    input [1:0] sel;
    reg [15:0] result;
  begin
    case (sel)
      2'b00 : begin
        result = inputs[63:48];
      end
      2'b01 : begin
        result = inputs[47:32];
      end
      2'b10 : begin
        result = inputs[31:16];
      end
      2'b11 : begin
        result = inputs[15:0];
      end
      default : begin
        result = inputs[63:48];
      end
    endcase
    MUX_v_16_4_2 = result;
  end
  endfunction


  function [15:0] MUX_v_16_2_2;
    input [31:0] inputs;
    input [0:0] sel;
    reg [15:0] result;
  begin
    case (sel)
      1'b0 : begin
        result = inputs[31:16];
      end
      1'b1 : begin
        result = inputs[15:0];
      end
      default : begin
        result = inputs[31:16];
      end
    endcase
    MUX_v_16_2_2 = result;
  end
  endfunction


  function [15:0] MUX1HOT_v_16_3_2;
    input [47:0] inputs;
    input [2:0] sel;
    reg [15:0] result;
    integer i;
  begin
    result = inputs[0+:16] & {16{sel[0]}};
    for( i = 1; i < 3; i = i + 1 )
      result = result | (inputs[i*16+:16] & {16{sel[i]}});
    MUX1HOT_v_16_3_2 = result;
  end
  endfunction


  function [15:0] signext_16_1;
    input [0:0] vector;
  begin
    signext_16_1= {{15{vector[0]}}, vector};
  end
  endfunction


  function [1:0] MUX_v_2_2_2;
    input [3:0] inputs;
    input [0:0] sel;
    reg [1:0] result;
  begin
    case (sel)
      1'b0 : begin
        result = inputs[3:2];
      end
      1'b1 : begin
        result = inputs[1:0];
      end
      default : begin
        result = inputs[3:2];
      end
    endcase
    MUX_v_2_2_2 = result;
  end
  endfunction


  function [89:0] MUX_v_90_2_2;
    input [179:0] inputs;
    input [0:0] sel;
    reg [89:0] result;
  begin
    case (sel)
      1'b0 : begin
        result = inputs[179:90];
      end
      1'b1 : begin
        result = inputs[89:0];
      end
      default : begin
        result = inputs[179:90];
      end
    endcase
    MUX_v_90_2_2 = result;
  end
  endfunction


  function [29:0] MUX_v_30_2_2;
    input [59:0] inputs;
    input [0:0] sel;
    reg [29:0] result;
  begin
    case (sel)
      1'b0 : begin
        result = inputs[59:30];
      end
      1'b1 : begin
        result = inputs[29:0];
      end
      default : begin
        result = inputs[59:30];
      end
    endcase
    MUX_v_30_2_2 = result;
  end
  endfunction


  function [9:0] MUX_v_10_2_2;
    input [19:0] inputs;
    input [0:0] sel;
    reg [9:0] result;
  begin
    case (sel)
      1'b0 : begin
        result = inputs[19:10];
      end
      1'b1 : begin
        result = inputs[9:0];
      end
      default : begin
        result = inputs[19:10];
      end
    endcase
    MUX_v_10_2_2 = result;
  end
  endfunction


  function [0:0] readslicef_7_1_6;
    input [6:0] vector;
    reg [6:0] tmp;
  begin
    tmp = vector >> 6;
    readslicef_7_1_6 = tmp[0:0];
  end
  endfunction


  function [9:0] signext_10_1;
    input [0:0] vector;
  begin
    signext_10_1= {{9{vector[0]}}, vector};
  end
  endfunction


  function [9:0] signext_10_6;
    input [5:0] vector;
  begin
    signext_10_6= {{4{vector[5]}}, vector};
  end
  endfunction


  function [4:0] signext_5_1;
    input [0:0] vector;
  begin
    signext_5_1= {{4{vector[0]}}, vector};
  end
  endfunction


  function [1:0] signext_2_1;
    input [0:0] vector;
  begin
    signext_2_1= {{1{vector[0]}}, vector};
  end
  endfunction


  function [0:0] MUX_s_1_2_2;
    input [1:0] inputs;
    input [0:0] sel;
    reg [0:0] result;
  begin
    case (sel)
      1'b0 : begin
        result = inputs[1:1];
      end
      1'b1 : begin
        result = inputs[0:0];
      end
      default : begin
        result = inputs[1:1];
      end
    endcase
    MUX_s_1_2_2 = result;
  end
  endfunction


  function [15:0] readslicef_17_16_1;
    input [16:0] vector;
    reg [16:0] tmp;
  begin
    tmp = vector >> 1;
    readslicef_17_16_1 = tmp[15:0];
  end
  endfunction


  function  [15:0] conv_u2u_15_16 ;
    input [14:0]  vector ;
  begin
    conv_u2u_15_16 = {1'b0, vector};
  end
  endfunction


  function  [6:0] conv_s2u_6_7 ;
    input signed [5:0]  vector ;
  begin
    conv_s2u_6_7 = {vector[5], vector};
  end
  endfunction


  function signed [16:0] conv_s2s_12_17 ;
    input signed [11:0]  vector ;
  begin
    conv_s2s_12_17 = {{5{vector[11]}}, vector};
  end
  endfunction


  function signed [15:0] conv_u2s_13_16 ;
    input [12:0]  vector ;
  begin
    conv_u2s_13_16 = {{3{1'b0}}, vector};
  end
  endfunction


  function  [10:0] conv_u2u_10_11 ;
    input [9:0]  vector ;
  begin
    conv_u2u_10_11 = {1'b0, vector};
  end
  endfunction


  function  [10:0] conv_u2u_8_11 ;
    input [7:0]  vector ;
  begin
    conv_u2u_8_11 = {{3{1'b0}}, vector};
  end
  endfunction

endmodule

// ------------------------------------------------------------------
//  Design Unit:    sharpen1
//  Generated from file(s):
//    3) $PROJECT_HOME/catapult_proj/vga_blur/sharpen.c
// ------------------------------------------------------------------


module sharpen1 (
  vin_rsc_z, vout_rsc_z, clk, en, arst_n
);
  input [89:0] vin_rsc_z;
  output [29:0] vout_rsc_z;
  input clk;
  input en;
  input arst_n;


  // Interconnect Declarations
  wire [89:0] vin_rsc_mgc_in_wire_d;
  wire [29:0] vout_rsc_mgc_out_stdreg_d;


  // Interconnect Declarations for Component Instantiations 
  mgc_in_wire #(.rscid(1),
  .width(90)) vin_rsc_mgc_in_wire (
      .d(vin_rsc_mgc_in_wire_d),
      .z(vin_rsc_z)
    );
  mgc_out_stdreg #(.rscid(2),
  .width(30)) vout_rsc_mgc_out_stdreg (
      .d(vout_rsc_mgc_out_stdreg_d),
      .z(vout_rsc_z)
    );
  sharpen1_core sharpen1_core_inst (
      .clk(clk),
      .en(en),
      .arst_n(arst_n),
      .vin_rsc_mgc_in_wire_d(vin_rsc_mgc_in_wire_d),
      .vout_rsc_mgc_out_stdreg_d(vout_rsc_mgc_out_stdreg_d)
    );
endmodule